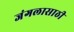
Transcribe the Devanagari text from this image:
जंगलासाठी